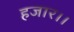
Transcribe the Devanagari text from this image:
हजार।।